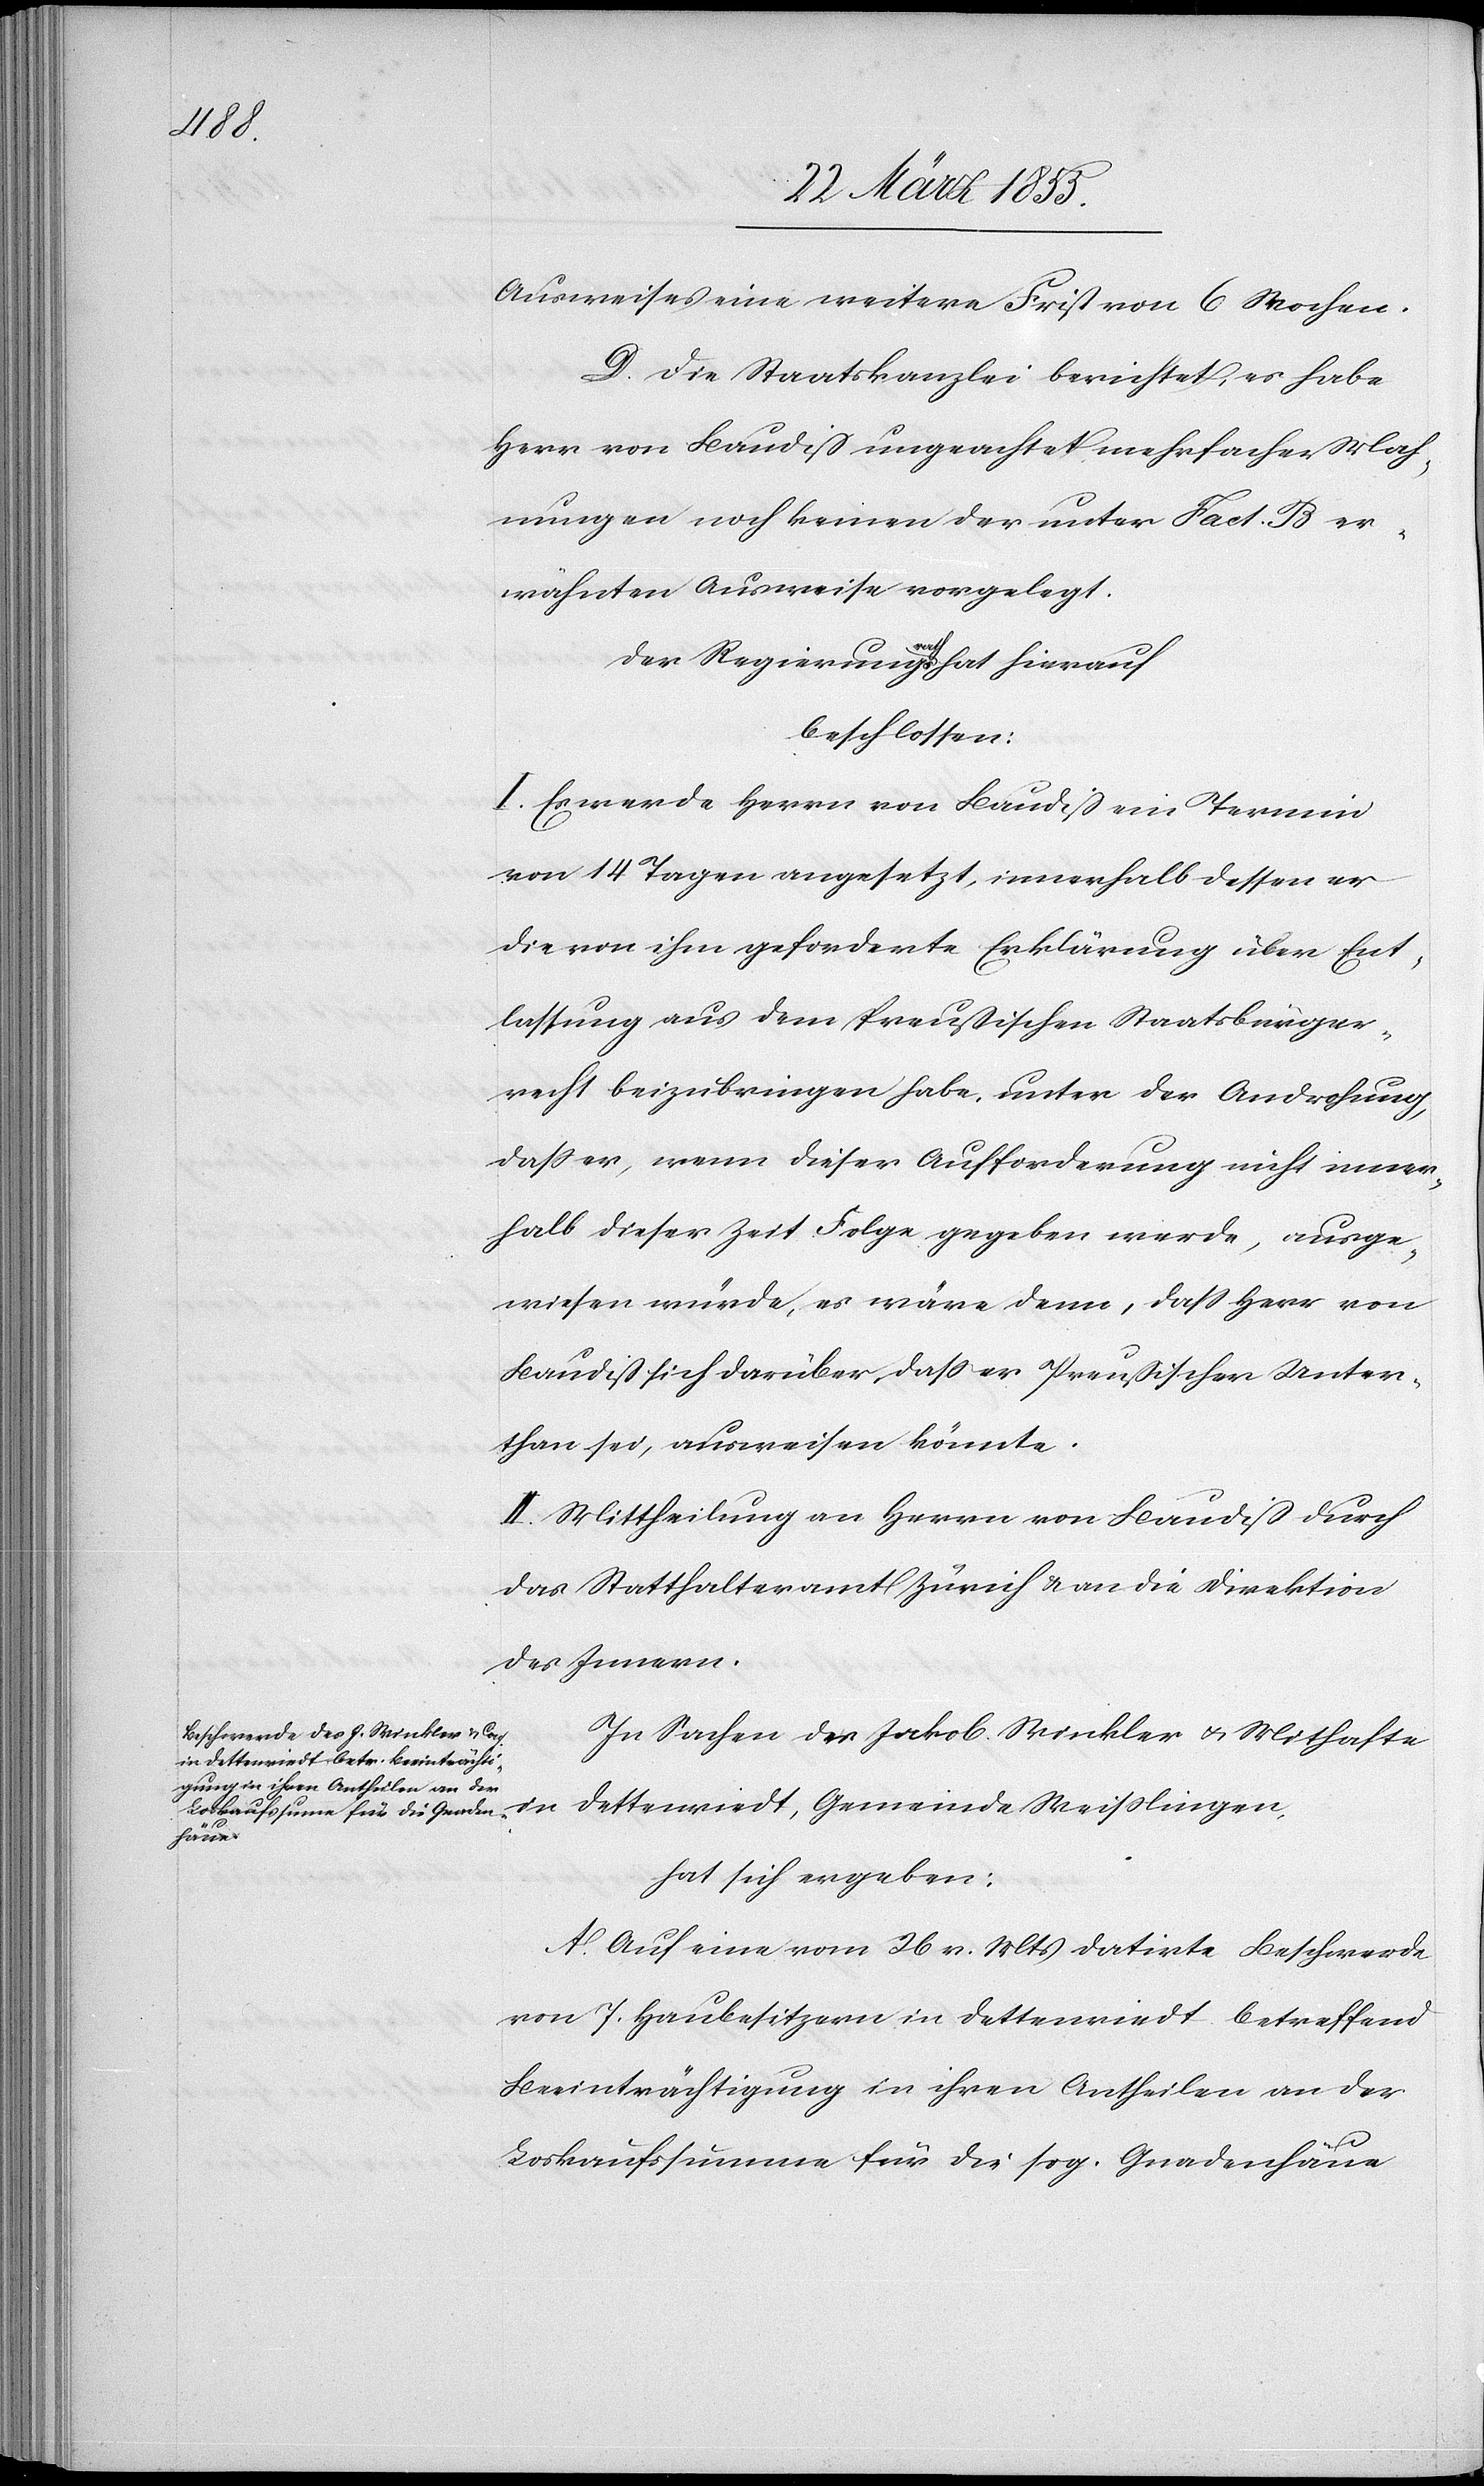
Ausweises eine weitere Frist von 6 Wochen.
D. Die Staatskanzlei berichtet, es habe
Herr von Baudiß ungeachtet mehrfacher Mah¬
nungen noch keinen der unter Fact. B er¬
wähnten Ausweise vorgelegt.
Der Regierungsrath hat hierauf
beschlossen:
I. Es werde Herrn von Baudiß ein Termin
von 14 Tagen angesetzt, innerhalb dessen er
die von ihm geforderte Erklärung über Ent¬
lassung aus dem Preußischen Staatsbürger¬
recht beizubringen habe, unter der Androhung,
dass er, wenn dieser Aufforderung nicht inner¬
halb dieser Zeit Folge gegeben werde, ausge¬
wiesen würde, es wäre denn, dass Herr von
Baudiß sich darüber, dass er Preußischer Unter¬
than sei, ausweisen könnte.
II. Mittheilung an Herrn von Baudiß durch
das Statthalteramt Zürich & an die Direktion
des Innern.
In Sachen des Jakob Winkler & Mithafte
Dettenriedt, Gemeinde Weisslingen,
hat sich ergeben:
A. Auf eine vom 26 v. Mts datirte Beschwerde
von 7. Haubesitzern in Dettenriedt betreffend
Beeinträchtigung in ihren Antheilen an der
Loskaufssumme für die sog. Gnadenhäue